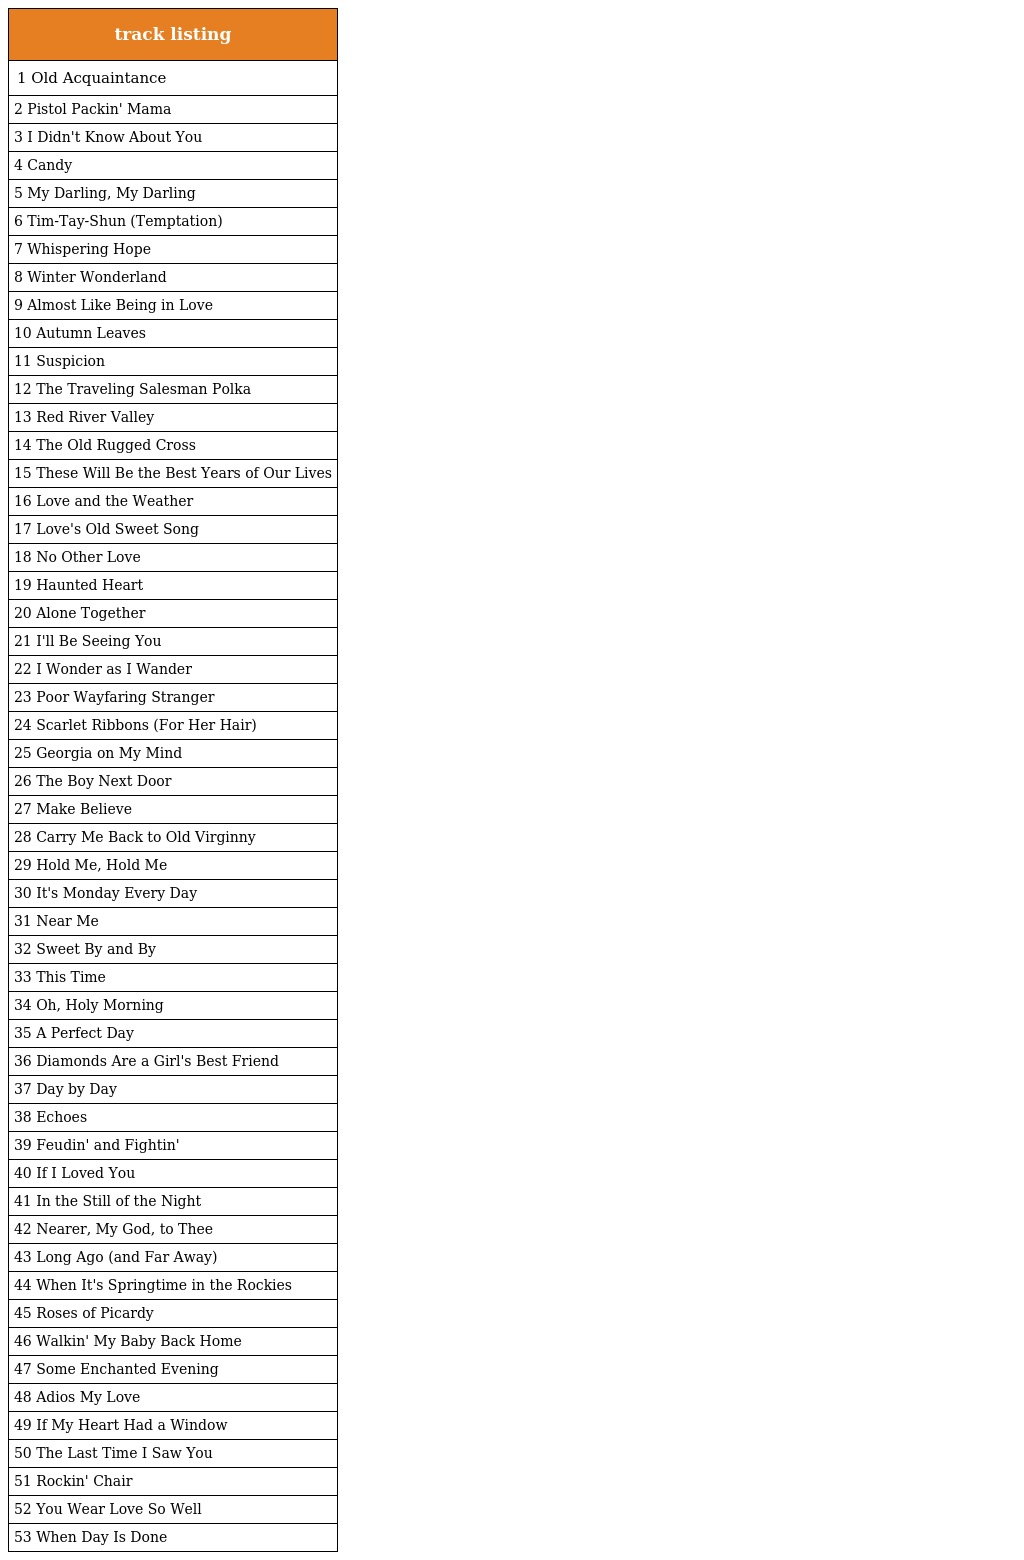
| track listing |
 | --- |
 | 1 Old Acquaintance |
 | 2 Pistol Packin' Mama |
 | 3 I Didn't Know About You |
 | 4 Candy |
 | 5 My Darling, My Darling |
 | 6 Tim-Tay-Shun (Temptation) |
 | 7 Whispering Hope |
 | 8 Winter Wonderland |
 | 9 Almost Like Being in Love |
 | 10 Autumn Leaves |
 | 11 Suspicion |
 | 12 The Traveling Salesman Polka |
 | 13 Red River Valley |
 | 14 The Old Rugged Cross |
 | 15 These Will Be the Best Years of Our Lives |
 | 16 Love and the Weather |
 | 17 Love's Old Sweet Song |
 | 18 No Other Love |
 | 19 Haunted Heart |
 | 20 Alone Together |
 | 21 I'll Be Seeing You |
 | 22 I Wonder as I Wander |
 | 23 Poor Wayfaring Stranger |
 | 24 Scarlet Ribbons (For Her Hair) |
 | 25 Georgia on My Mind |
 | 26 The Boy Next Door |
 | 27 Make Believe |
 | 28 Carry Me Back to Old Virginny |
 | 29 Hold Me, Hold Me |
 | 30 It's Monday Every Day |
 | 31 Near Me |
 | 32 Sweet By and By |
 | 33 This Time |
 | 34 Oh, Holy Morning |
 | 35 A Perfect Day |
 | 36 Diamonds Are a Girl's Best Friend |
 | 37 Day by Day |
 | 38 Echoes |
 | 39 Feudin' and Fightin' |
 | 40 If I Loved You |
 | 41 In the Still of the Night |
 | 42 Nearer, My God, to Thee |
 | 43 Long Ago (and Far Away) |
 | 44 When It's Springtime in the Rockies |
 | 45 Roses of Picardy |
 | 46 Walkin' My Baby Back Home |
 | 47 Some Enchanted Evening |
 | 48 Adios My Love |
 | 49 If My Heart Had a Window |
 | 50 The Last Time I Saw You |
 | 51 Rockin' Chair |
 | 52 You Wear Love So Well |
 | 53 When Day Is Done |